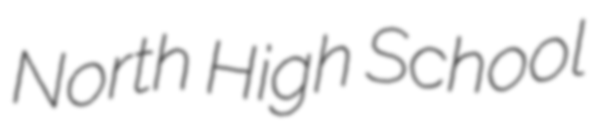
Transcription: North High School